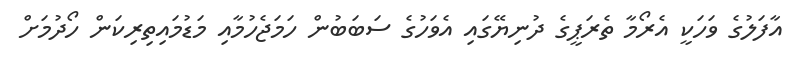
އާފަލުގެ ވަހަކީ އެރޯމާ ތެރަޕީގެ ދުނިޔޭގައި އެވަހުގެ ސަބަބުން ހަމަޖެހުމާއި މަޑުމައިތިރިކަން ހޯދުމަށް